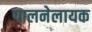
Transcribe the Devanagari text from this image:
पालनेलायक